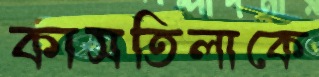
কাসতিলাকে